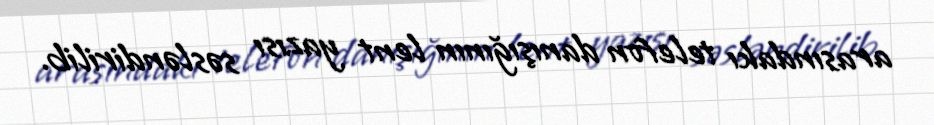
arasındakı telefon danışığının lent yazısı səsləndirilib.